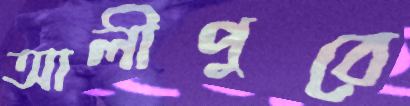
আলীপুরে